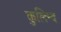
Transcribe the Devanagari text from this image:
कुलिन्द